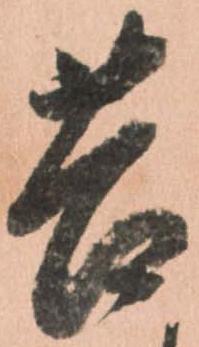
苦